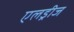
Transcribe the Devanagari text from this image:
एलड्रीज